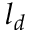
l _ { d }